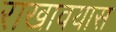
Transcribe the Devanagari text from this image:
राखावयास